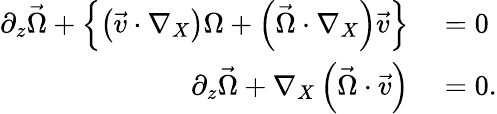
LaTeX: \begin{array}{rl}{\partial_{z}\vec{\Omega}+\left\{ \left(\vec{v}\cdot\nabla_{X}\right)\Omega+\left(\vec{\Omega}\cdot\nabla_{X}\right)\vec{v}\right\} }&{{}=0}\\ {\partial_{z}\vec{\Omega}+\nabla_{X}\left(\vec{\Omega}\cdot\vec{v}\right)}&{{}=0.}\end{array}